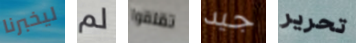
ليخبرنا لم تقلقوا جيد تحرير